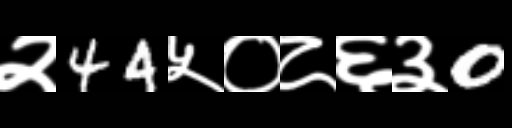
Text: २44५०८६३0